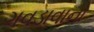
ગવડાવાનો